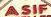
asif